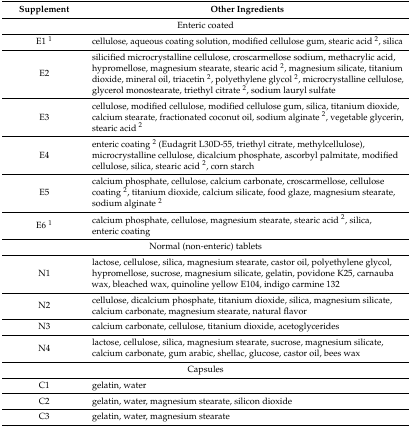
| Supplement | Other Ingredients |
 | --- | --- |
 | <COLSPAN=2> Enteric coated |
 | E1 1 | cellulose, aqueous coating solution, modified cellulose gum, stearic acid 2, silica |
 | E2 | silicified microcrystalline cellulose, croscarmellose sodium, methacrylic acid, hypromellose, magnesium stearate, stearic acid 2, magnesium silicate, titanium dioxide, mineral oil, triacetin 2, polyethylene glycol 2, microcrystalline cellulose, glycerol monostearate, triethyl citrate 2, sodium lauryl sulfate |
 | E3 | cellulose, modified cellulose, modified cellulose gum, silica, titanium dioxide, calcium stearate, fractionated coconut oil, sodium alginate 2, vegetable glycerin, stearic acid 2 |
 | E4 | enteric coating 2 (Eudagrit L30D-55, triethyl citrate, methylcellulose), microcrystalline cellulose, dicalcium phosphate, ascorbyl palmitate, modified cellulose, silica, stearic acid 2, corn starch |
 | E5 | calcium phosphate, cellulose, calcium carbonate, croscarmellose, cellulose coating 2, titanium dioxide, calcium silicate, food glaze, magnesium stearate, sodium alginate 2 |
 | E6 1 | calcium phosphate, cellulose, magnesium stearate, stearic acid 2, silica, enteric coating |
 | <COLSPAN=2> Normal (non-enteric) tablets |
 | N1 | lactose, cellulose, silica, magnesium stearate, castor oil, polyethylene glycol, hypromellose, sucrose, magnesium silicate, gelatin, povidone K25, carnauba wax, bleached wax, quinoline yellow E104, indigo carmine 132 |
 | N2 | cellulose, dicalcium phosphate, titanium dioxide, silica, magnesium silicate, calcium carbonate, magnesium stearate, natural flavor |
 | N3 | calcium carbonate, cellulose, titanium dioxide, acetoglycerides |
 | N4 | lactose, cellulose, silica, magnesium stearate, sucrose, magnesium silicate, calcium carbonate, gum arabic, shellac, glucose, castor oil, bees wax |
 | <COLSPAN=2> Capsules |
 | C1 | gelatin, water |
 | C2 | gelatin, water, magnesium stearate, silicon dioxide |
 | C3 | gelatin, water, magnesium stearate |